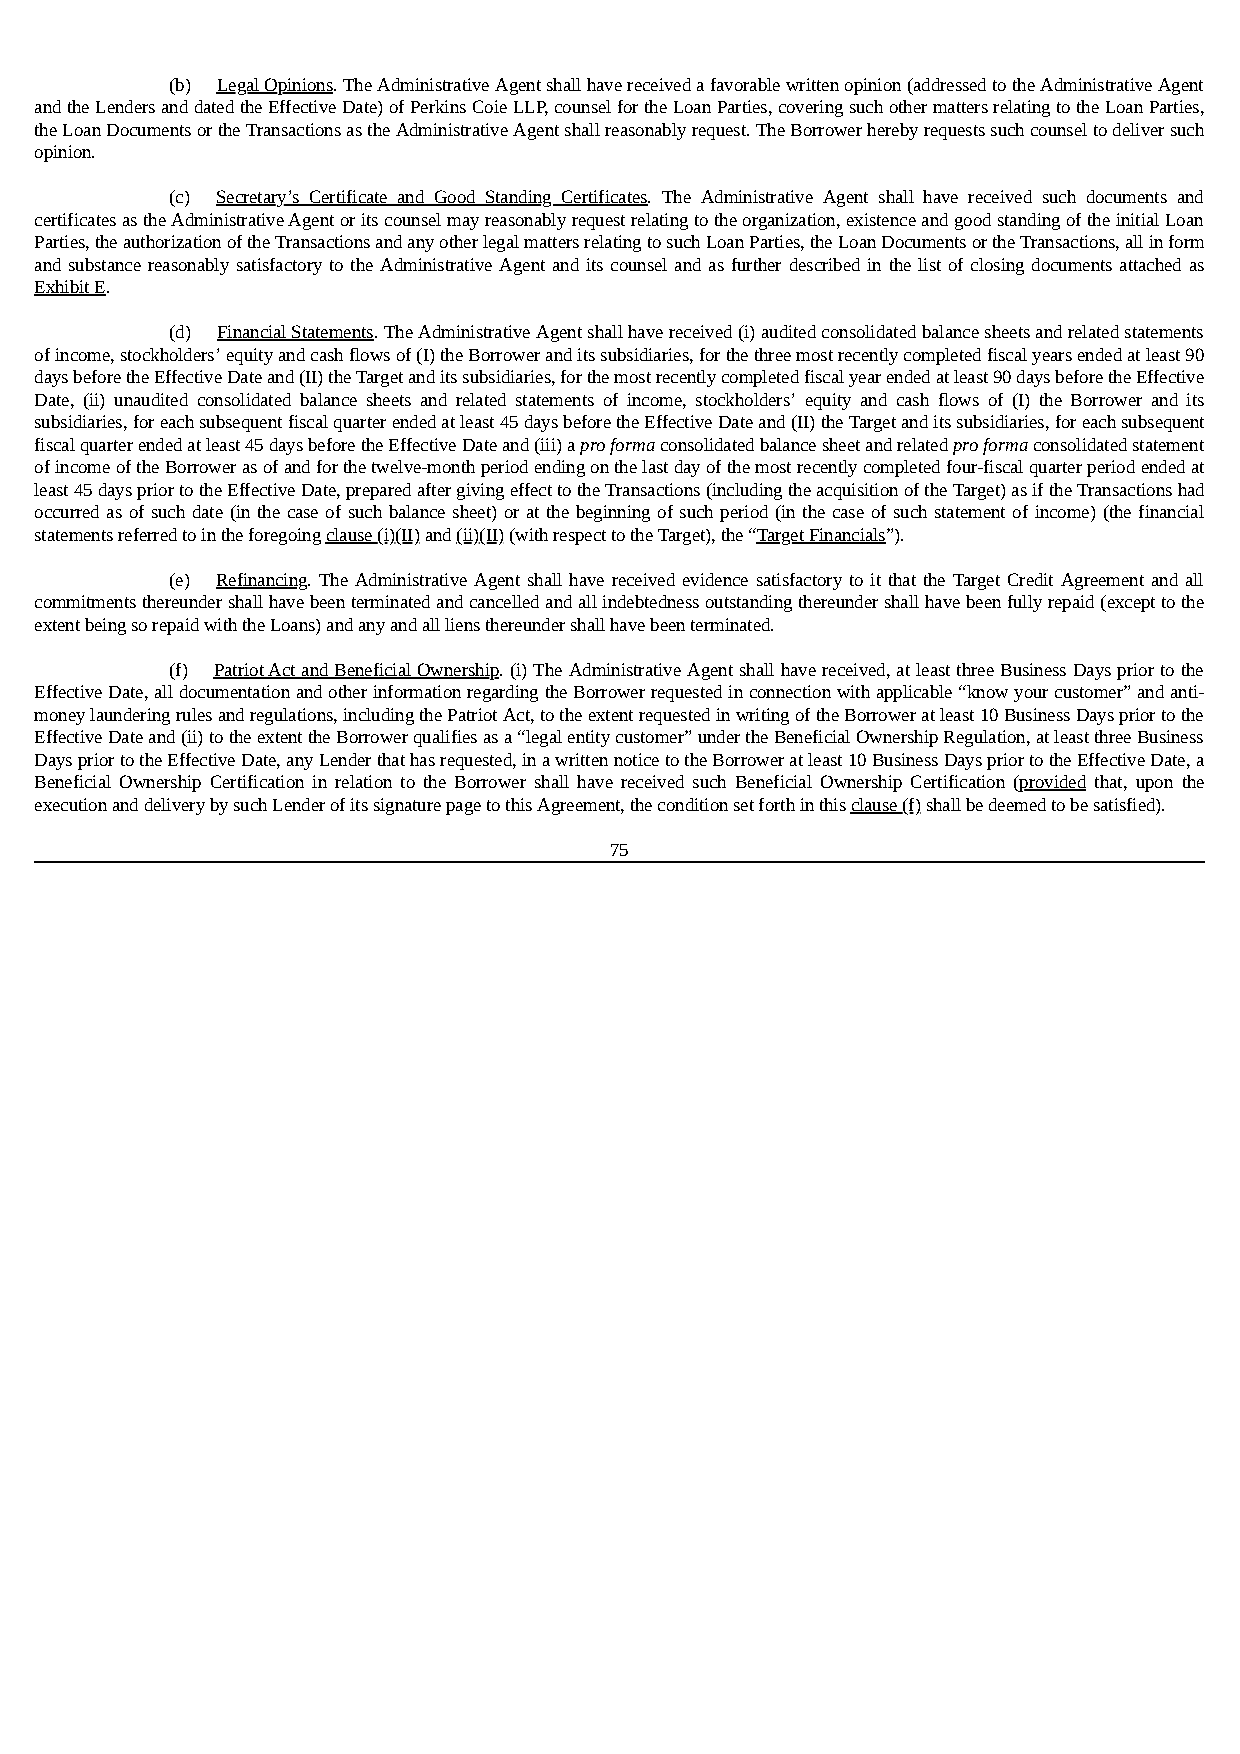
(b) Legal Opinions. The Administrative Agent shall have received a favorable written opinion (addressed to the Administrative Agent
 and the Lenders and dated the Effective Date) of Perkins Coie LLP, counsel for the Loan Parties, covering such other matters relating to the Loan Parties,
 the Loan Documents or the Transactions as the Administrative Agent shall reasonably request. The Borrower hereby requests such counsel to deliver such
 opinion.
 (c) Secretary’s Certificate and Good Standing Certificates. The Administrative Agent shall have received such documents and
 certificates as the Administrative Agent or its counsel may reasonably request relating to the organization, existence and good standing of the initial Loan
 Parties, the authorization of the Transactions and any other legal matters relating to such Loan Parties, the Loan Documents or the Transactions, all in form
 and substance reasonably satisfactory to the Administrative Agent and its counsel and as further described in the list of closing documents attached as
 Exhibit E.
 (d) Financial Statements. The Administrative Agent shall have received (i) audited consolidated balance sheets and related statements
 of income, stockholders’ equity and cash flows of (I) the Borrower and its subsidiaries, for the three most recently completed fiscal years ended at least 90
 days before the Effective Date and (II) the Target and its subsidiaries, for the most recently completed fiscal year ended at least 90 days before the Effective
 Date, (ii) unaudited consolidated balance sheets and related statements of income, stockholders’ equity and cash flows of (I) the Borrower and its
 subsidiaries, for each subsequent fiscal quarter ended at least 45 days before the Effective Date and (II) the Target and its subsidiaries, for each subsequent
 fiscal quarter ended at least 45 days before the Effective Date and (iii) a pro forma consolidated balance sheet and related pro forma consolidated statement
 of income of the Borrower as of and for the twelve-month period ending on the last day of the most recently completed four-fiscal quarter period ended at
 least 45 days prior to the Effective Date, prepared after giving effect to the Transactions (including the acquisition of the Target) as if the Transactions had
 occurred as of such date (in the case of such balance sheet) or at the beginning of such period (in the case of such statement of income) (the financial
 statements referred to in the foregoing clause (i)(II) and (ii)(II) (with respect to the Target), the “Target Financials”).
 (e) Refinancing. The Administrative Agent shall have received evidence satisfactory to it that the Target Credit Agreement and all
 commitments thereunder shall have been terminated and cancelled and all indebtedness outstanding thereunder shall have been fully repaid (except to the
 extent being so repaid with the Loans) and any and all liens thereunder shall have been terminated.
 (f) Patriot Act and Beneficial Ownership. (i) The Administrative Agent shall have received, at least three Business Days prior to the
 Effective Date, all documentation and other information regarding the Borrower requested in connection with applicable “know your customer” and anti-
 money laundering rules and regulations, including the Patriot Act, to the extent requested in writing of the Borrower at least 10 Business Days prior to the
 Effective Date and (ii) to the extent the Borrower qualifies as a “legal entity customer” under the Beneficial Ownership Regulation, at least three Business
 Days prior to the Effective Date, any Lender that has requested, in a written notice to the Borrower at least 10 Business Days prior to the Effective Date, a
 Beneficial Ownership Certification in relation to the Borrower shall have received such Beneficial Ownership Certification (provided that, upon the
 execution and delivery by such Lender of its signature page to this Agreement, the condition set forth in this clause (f) shall be deemed to be satisfied).
 75